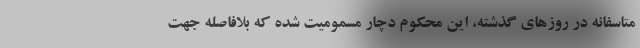
متاسفانه در روزهای گذشته، این محکوم دچار مسمومیت شده که بلافاصله جهت